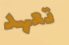
تعهد